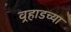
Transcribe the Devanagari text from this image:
वर्‍हाडच्या